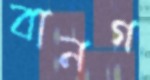
বানগ